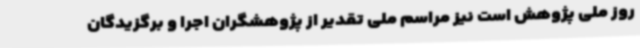
روز ملی پژوهش است نیز مراسم ملی تقدیر از پژوهشگران اجرا و برگزیدگان